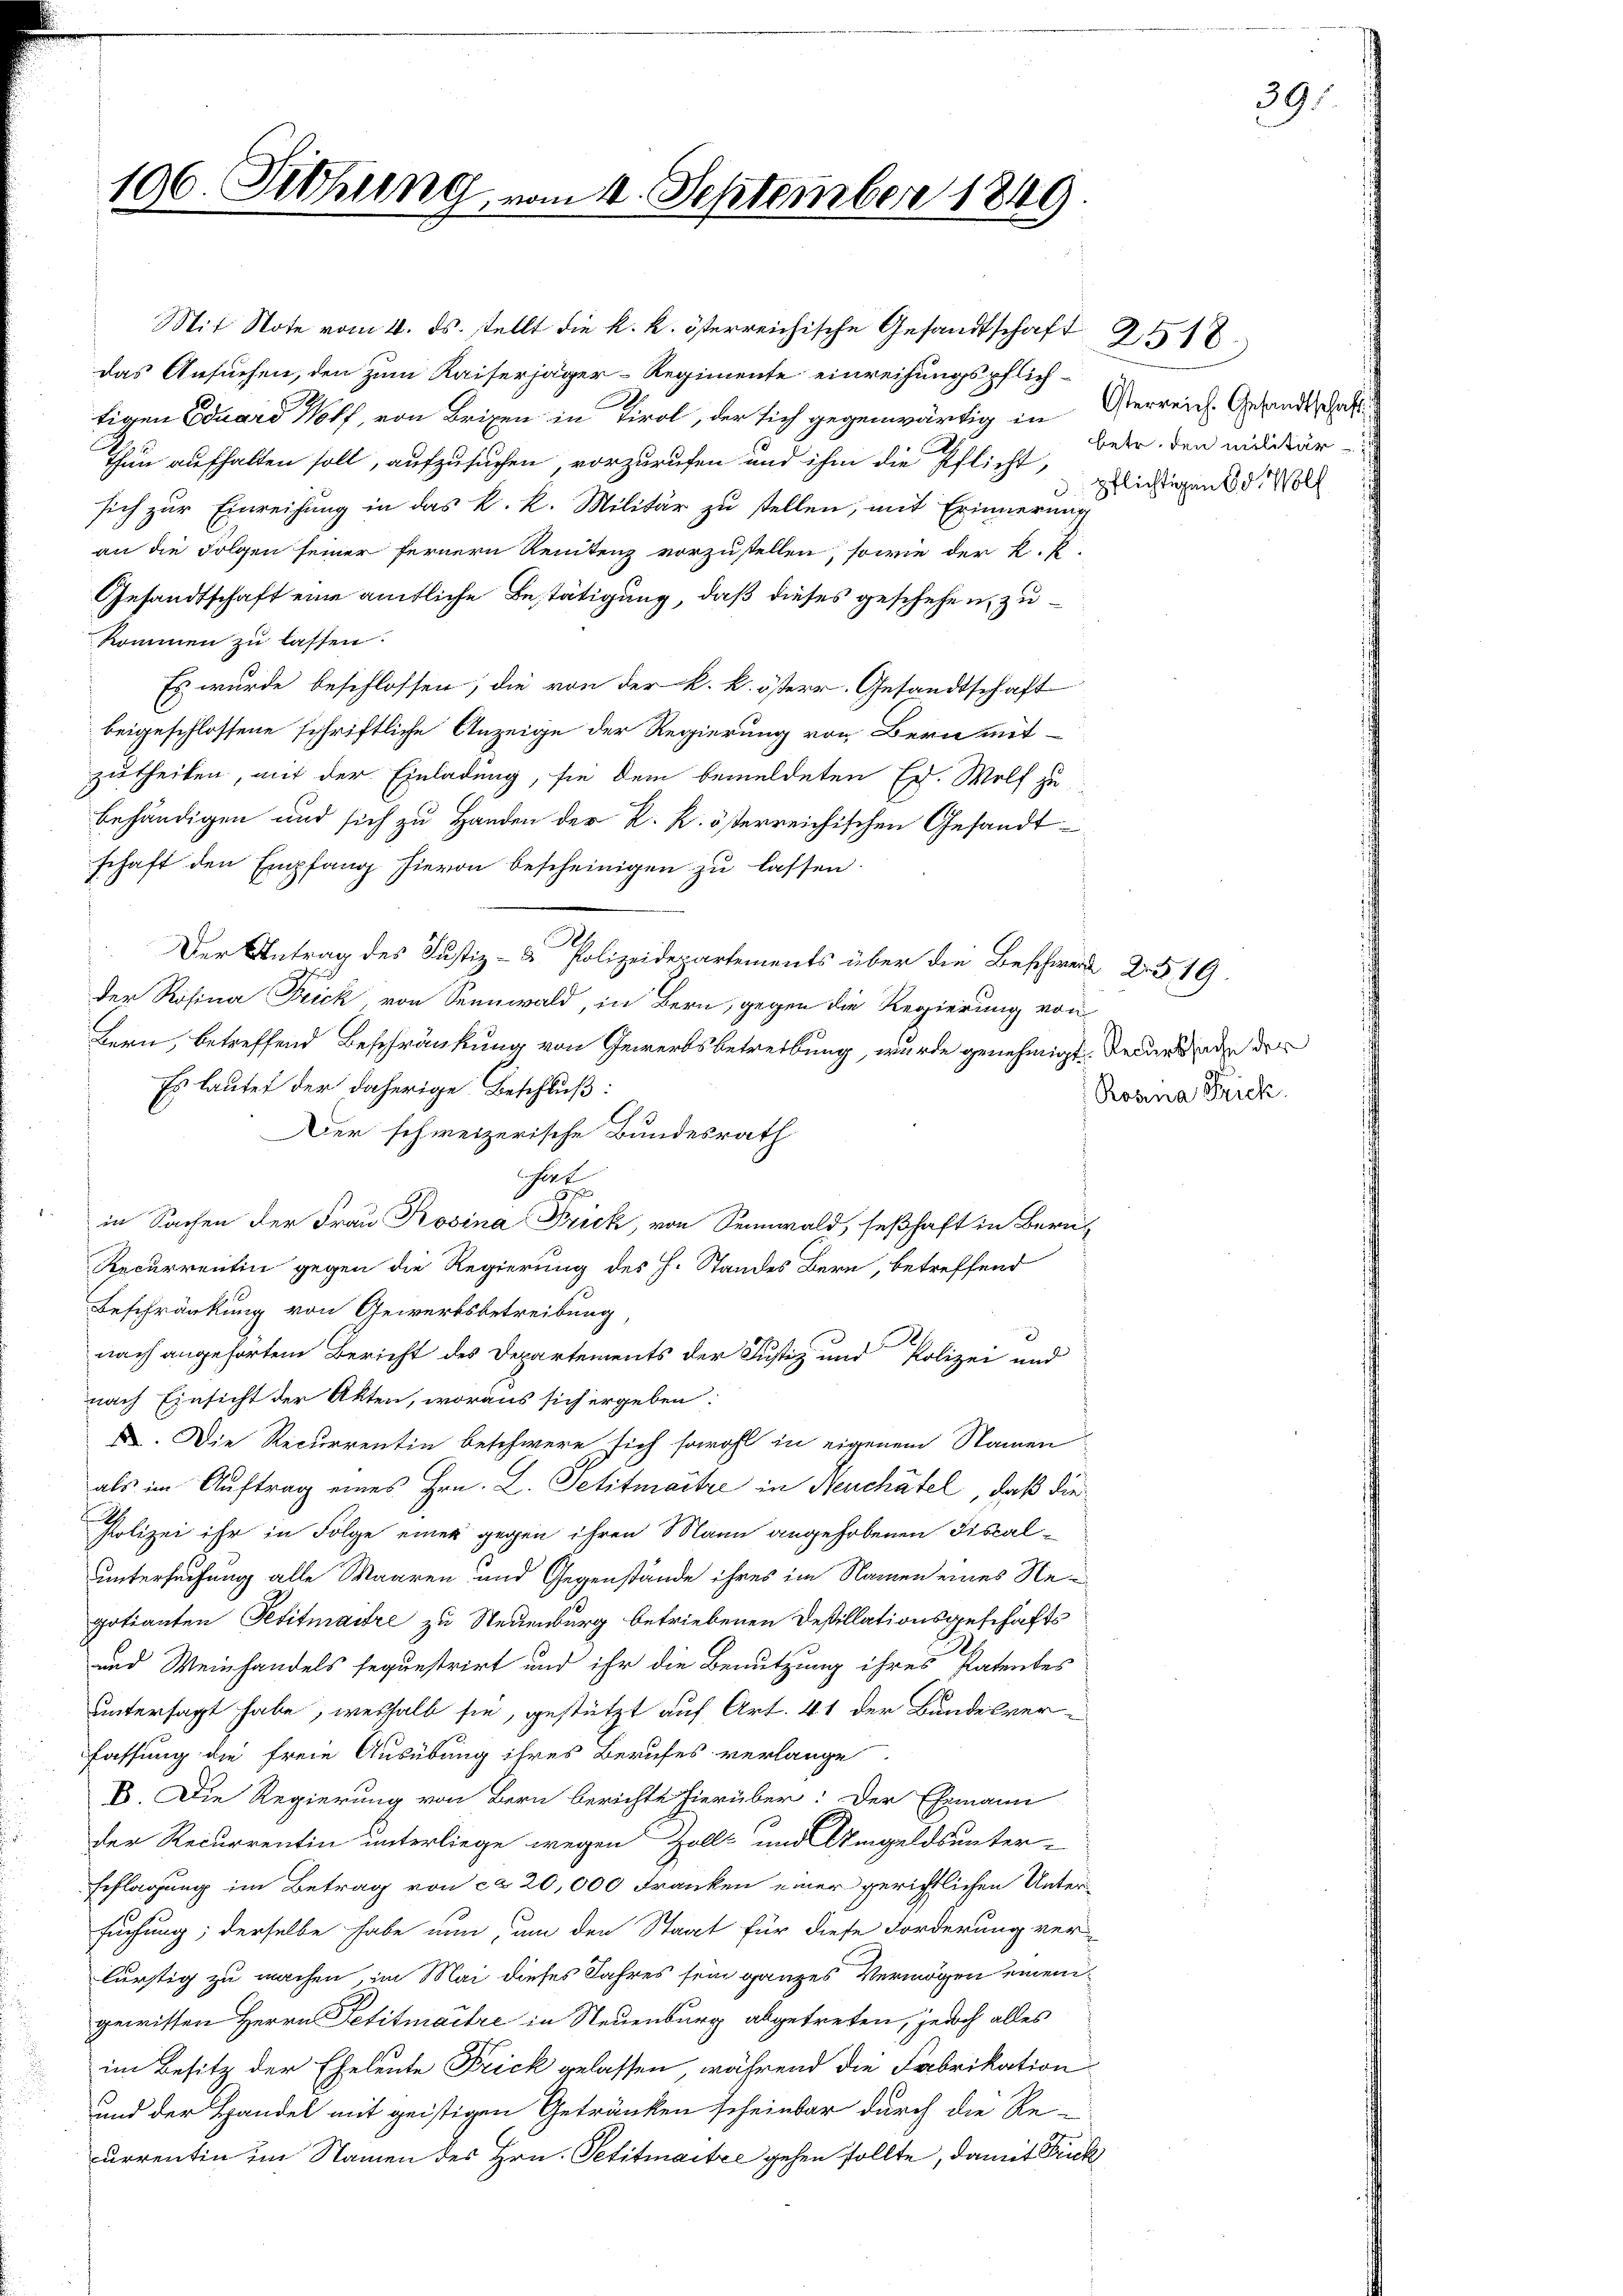
196. Sitzung.

vom 1. September 1849

Mit Note vom 4. ds. stellt die k. k. österreichische Gesandtschaft
das Ansuchen, den zum Kaiserjäger-Regimente einreihungspflichn
tigen Eduard Wolf, von Brixen in Tirol, der sich gegenwärtig in Verreich. Gesandtschal
Thun aufhalten soll, aufzusuchen, vorzurufen und ihm die Pflicht, dasigen di
sich zur Einreichung in das k. k. Militär zu stellen, mit Erinnerung
an die Folgen seiner fernern Renitenz vorzustellen, sowie der k. P
Gesandtschaft eine amtliche Bestätigung, daß dieses geschehen, zukommen zu lassen.
Es wurde beschlossen, die von der k. k. österr. Gesandtschaft
beigeschlossene schriftliche Anzeige der Regierung von Bern mit-
zutheilen, mit der Einladung, sie dem bemeldeten Er- Wolf zu
behändigen und sich zu Handen der k. k. österreichischen Gesandtschaft den Empfang hievon bescheinigen zu lassen.
Der Antrag des Justiz- & Polizeidepartements über die Beschwerde 2. 519.
Der Rosina Frick, von Sennwald, in Bern, gegen die Regierung von
Bern, betreffend Beschränkung von Gewerbsbetreibung, wurde genehmigt. Decurse der
Es lautet der daherige Beschluß:
Der schweizerische Bundesrath
Gert
in Sachen der Frau Rosina Frick, von Sennwald, seßhaft in Beruf
Recurrentin gegen die Regierung des H. Standes Bern, betreffend
Beschränkung von Gewerksbetreibung,
nach angehörtem Bericht des Departements der Justiz und Polizei und
nach Einsicht der Akten, woraus sich ergeben:
X. Die Recurrentin beschwere sich sowohl in eigenem Namen
als im Auftrag eines Hrn. L. Petitmaitze in Neuchâtel, daß die
Polizei ihr in Folge einer gegen ihren Mann angehobenen Fiscaluntersuchung alle Waaren und Gegenstände ihres im Namen eines Regotianten Petitmaire zu Neuenburg betriebenen Desillationsgeschäfts
und Weinhandels seguestrirt und ihr die Benutzung ihres Patentes
untersagt habe, weshalb sie, gestützt auf Art. 41 der Bundesverfassung die freie Ausübung ihres Berufes verlange
E. Die Regierung von Bern berichte hierüber: Der Ehemann
der Recurrentin unterliege wegen Zoll- und Umgeldsunter-
schlagung im Betrag von ca 20,000 Franken einer gerichtlichen Untersuchung; derselbe habe nun, um den Staat für diese Forderung ver-
lürstig zu machen, im Mai dieses Jahres sein ganzes Vermögen einem
gewissen Herrn Petitmaitre in Neuenburg abgetreten, jedoch alles
im Besitz der Eheleute Frick gelassen, während die Fabrikation
und der Handel mit geistigen Getränken scheinbar durch die Re-
currentin im Namen des Hrn. Petitmaitre gehen sollte, damit Frick

betr. den militär

2518

Rosina Frick

39.